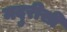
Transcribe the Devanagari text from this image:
मदुरीसी